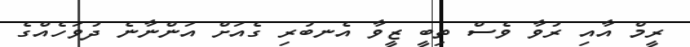
ރީމް އާއި ރުވާ ވެސް ތިބީ ޒީވާ އެނބުރި ގެއަށް އަންނާނެ ދުވަހެއްގެ